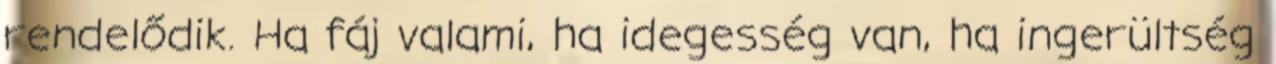
rendelődik. Ha fáj valami, ha idegesség van, ha ingerültség